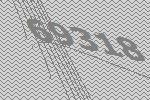
69318